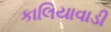
કાલિયાવાડી